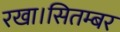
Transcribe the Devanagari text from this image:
रखा।सितम्बर